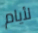
لأيام